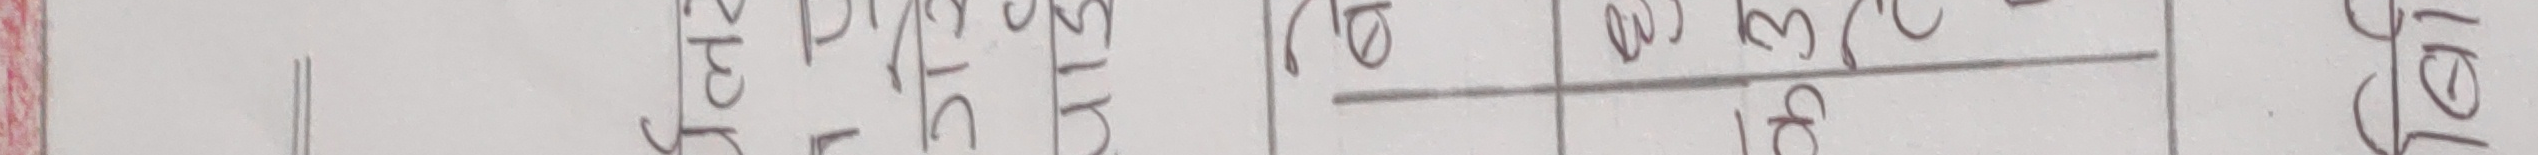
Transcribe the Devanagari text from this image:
सरित प्रवेश साल नं 15 40 ग 18 500